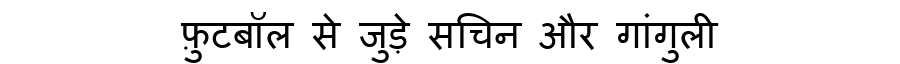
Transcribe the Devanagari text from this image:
फ़ुटबॉल से जुड़े सचिन और गांगुली